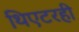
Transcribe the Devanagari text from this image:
थिएटरही